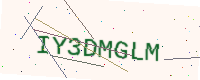
Text: IY3DMGLM